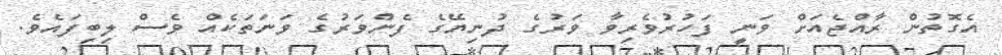
އެގޮތުން ރާއްޖެއަށް ވަނީ ފަހުރުވެރިވާ ވަރުގެ ދުނިޔޭގެ ފެންވަރުގެ ވަނަތަކެއް ވެސް ލިބިފައެވެ.